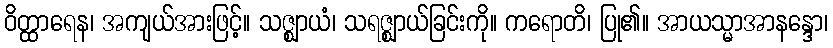
ဝိတ္ထာရေန၊ အကျယ်အားဖြင့်။ သဇ္ဈာယံ၊ သရဇ္ဈာယ်ခြင်းကို။ ကရောတိ၊ ပြု၏။ အာယသ္မာအာနန္ဒော၊